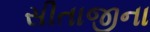
સીતાજીના